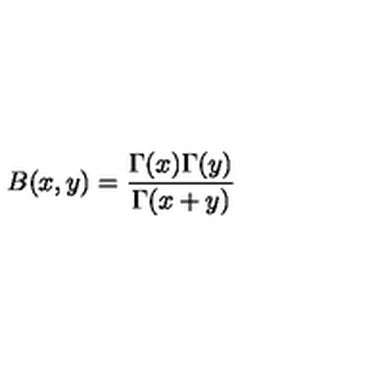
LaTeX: B ( x , y ) = { \frac { \Gamma ( x ) \Gamma ( y ) } { \Gamma ( x + y ) } }